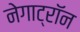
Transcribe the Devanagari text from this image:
नेगाट्रॉन